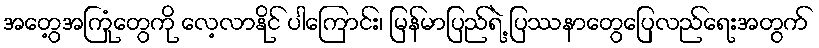
အတွေ့အကြုံတွေကို လေ့လာနိုင် ပါကြောင်း၊ မြန်မာပြည်ရဲ့ ပြဿနာတွေပြေလည်ရေးအတွက်